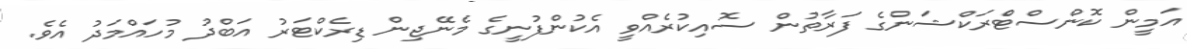
އަމީން ކޮންސްޓްެރަކްޝަންގެ ފަރާތުން ސޮއިކުރެއްވީ އެކުންފުނީގެ މެނޭޖިން ޑިރެކްޓަރު އަބްދު މުހައްމަދު އެވެ.